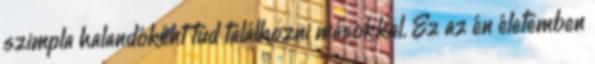
szimpla halandóként tud találkozni másokkal. Ez az én életemben